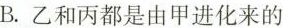
B.乙和丙都是由甲进化来的